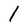
Character: 1